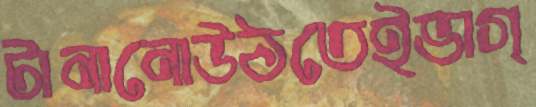
টানানোউঠতেইভাগ্